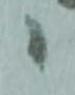
候